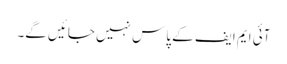
آئی ایم ایف کے پاس نہیں جائیں گے۔